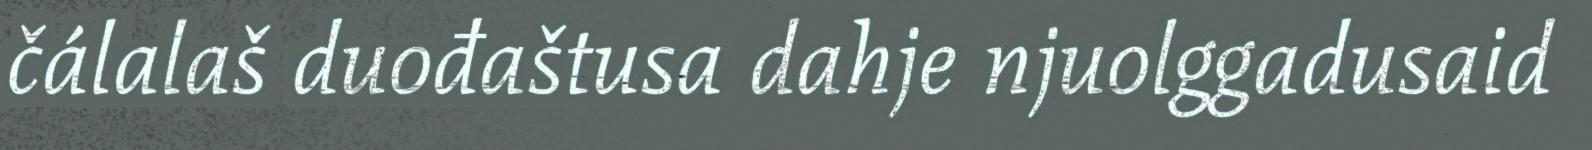
čálalaš duođaštusa dahje njuolggadusaid